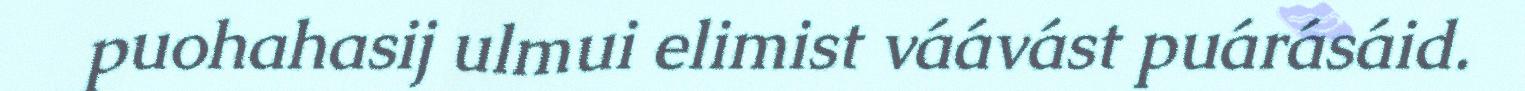
puohahasij ulmui elimist váávást puárásáid.